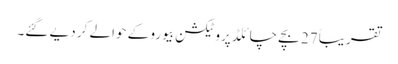
تقریباً 27 بچے چائلڈ پروٹیکشن بیورو کے حوالے کر دیے گئے۔